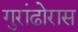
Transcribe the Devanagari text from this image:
गुरांढोरास